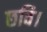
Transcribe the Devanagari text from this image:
छवि।